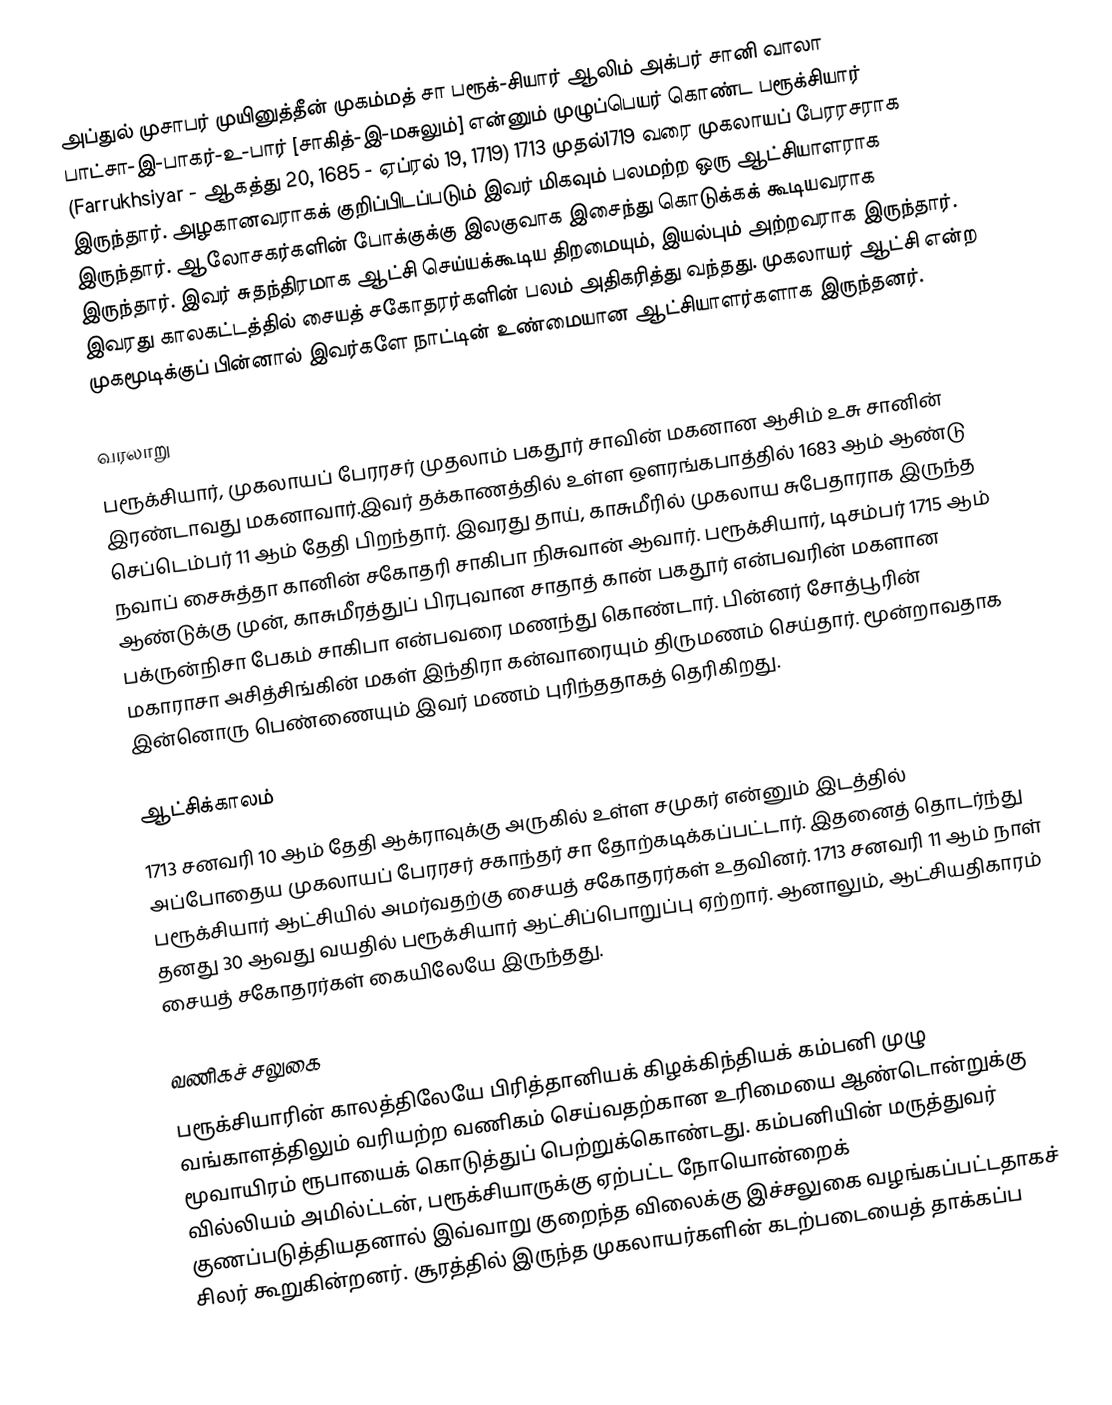
அப்துல் முசாபர் முயினுத்தீன் முகம்மத் சா பரூக்-சியார் ஆலிம் அக்பர் சானி வாலா பாட்சா-இ-பாகர்-உ-பார் [சாகித்-இ-மசுலும்] என்னும் முழுப்பெயர் கொண்ட பரூக்சியார் (Farrukhsiyar - ஆகத்து 20, 1685 - ஏப்ரல் 19, 1719) 1713 முதல்1719 வரை முகலாயப் பேரரசராக இருந்தார். அழகானவராகக் குறிப்பிடப்படும் இவர் மிகவும் பலமற்ற ஒரு ஆட்சியாளராக இருந்தார். ஆலோசகர்களின் போக்குக்கு இலகுவாக இசைந்து கொடுக்கக் கூடியவராக இருந்தார். இவர் சுதந்திரமாக ஆட்சி செய்யக்கூடிய திறமையும், இயல்பும் அற்றவராக இருந்தார். இவரது காலகட்டத்தில் சையத் சகோதரர்களின் பலம் அதிகரித்து வந்தது. முகலாயர் ஆட்சி என்ற முகமூடிக்குப் பின்னால் இவர்களே நாட்டின் உண்மையான ஆட்சியாளர்களாக இருந்தனர்.

வரலாறு
பரூக்சியார், முகலாயப் பேரரசர் முதலாம் பகதூர் சாவின் மகனான ஆசிம் உசு சானின் இரண்டாவது மகனாவார்.இவர் தக்காணத்தில் உள்ள ஔரங்கபாத்தில் 1683 ஆம் ஆண்டு செப்டெம்பர் 11 ஆம் தேதி பிறந்தார். இவரது தாய், காசுமீரில் முகலாய சுபேதாராக இருந்த நவாப் சைசுத்தா கானின் சகோதரி சாகிபா நிசுவான் ஆவார். பரூக்சியார், டிசம்பர் 1715 ஆம் ஆண்டுக்கு முன், காசுமீரத்துப் பிரபுவான சாதாத் கான் பகதூர் என்பவரின் மகளான பக்ருன்நிசா பேகம் சாகிபா என்பவரை மணந்து கொண்டார். பின்னர் சோத்பூரின் மகாராசா அசித்சிங்கின் மகள் இந்திரா கன்வாரையும் திருமணம் செய்தார். மூன்றாவதாக இன்னொரு பெண்ணையும் இவர் மணம் புரிந்ததாகத் தெரிகிறது.

ஆட்சிக்காலம்
1713 சனவரி 10 ஆம் தேதி ஆக்ராவுக்கு அருகில் உள்ள சமுகர் என்னும் இடத்தில் அப்போதைய முகலாயப் பேரரசர் சகாந்தர் சா தோற்கடிக்கப்பட்டார். இதனைத் தொடர்ந்து பரூக்சியார் ஆட்சியில் அமர்வதற்கு சையத் சகோதரர்கள் உதவினர். 1713 சனவரி 11 ஆம் நாள் தனது 30 ஆவது வயதில் பரூக்சியார் ஆட்சிப்பொறுப்பு ஏற்றார். ஆனாலும், ஆட்சியதிகாரம் சையத் சகோதரர்கள் கையிலேயே இருந்தது.

வணிகச் சலுகை
பரூக்சியாரின் காலத்திலேயே பிரித்தானியக் கிழக்கிந்தியக் கம்பனி முழு வங்காளத்திலும் வரியற்ற வணிகம் செய்வதற்கான உரிமையை ஆண்டொன்றுக்கு மூவாயிரம் ரூபாயைக் கொடுத்துப் பெற்றுக்கொண்டது. கம்பனியின் மருத்துவர் வில்லியம் அமில்ட்டன், பரூக்சியாருக்கு ஏற்பட்ட நோயொன்றைக் குணப்படுத்தியதனால் இவ்வாறு குறைந்த விலைக்கு இச்சலுகை வழங்கப்பட்டதாகச் சிலர் கூறுகின்றனர். சூரத்தில் இருந்த முகலாயர்களின் கடற்படையைத் தாக்கப்ப